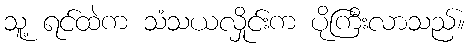
သူ့ ရင်ထဲက သံသယလှိုင်းက ပိုကြီးလာသည်။